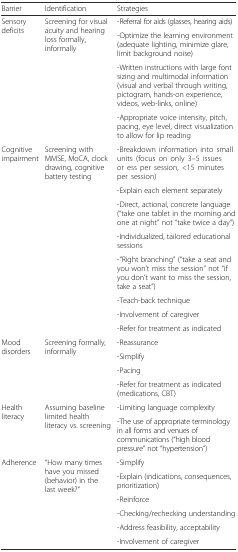
| Barrier | Identification | Strategies |
 | --- | --- | --- |
 | <ROWSPAN=4> Sensory deficits | <ROWSPAN=4> Screening for visual acuity and hearing loss formally, informally | -Referral for aids (glasses, hearing aids) |
 | -Optimize the learning environment (adequate lighting, minimize glare, limit background noise) |
 | -Written instructions with large font sizing and multimodal information (visual and verbal through writing, pictogram, hands-on experience, videos, web-links, online) |
 | -Appropriate voice intensity, pitch, pacing, eye level, direct visualization to allow for lip reading |
 | <ROWSPAN=8> Cognitive impairment | <ROWSPAN=8> Screening with MMSE, MoCA, clock drawing, cognitive battery testing | -Breakdown information into small units (focus on only 3–5 issues or ess per session, <15 minutes per session) |
 | -Explain each element separately |
 | -Direct, actional, concrete language (“take one tablet in the morning and one at night” not “take twice a day”) |
 | -Individualized, tailored educational sessions |
 | -“Right branching” (“take a seat and you won’t miss the session” not “if you don’t want to miss the session, take a seat”) |
 | -Teach-back technique |
 | -Involvement of caregiver |
 | -Refer for treatment as indicated |
 | <ROWSPAN=4> Mood disorders | <ROWSPAN=4> Screening formally, informally | -Reassurance |
 | -Simplify |
 | -Pacing |
 | -Refer for treatment as indicated (medications, CBT) |
 | <ROWSPAN=2> Health literacy | <ROWSPAN=2> Assuming baseline limited health literacy vs. screening | -Limiting language complexity |
 | -The use of appropriate terminology in all forms and venues of communications (“high blood pressure” not “hypertension”) |
 | <ROWSPAN=6> Adherence | <ROWSPAN=6> “How many times have you missed (behavior) in the last week?” | -Simplify |
 | -Explain (indications, consequences, prioritization) |
 | -Reinforce |
 | -Checking/rechecking understanding |
 | -Address feasibility, acceptability |
 | -Involvement of caregiver |